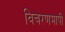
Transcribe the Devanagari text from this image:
विचरणमापी